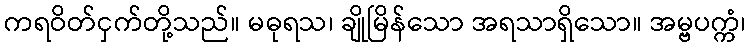
ကရဝိတ်ငှက်တို့သည်။ မဓုရသ၊ ချိုမြိန်သော အရသာရှိသော။ အမ္ဗပက္ကံ၊